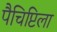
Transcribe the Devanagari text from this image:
पैचिप्टिला